Civil Veterinary Dept. Bombay admin report 1893-99 - 1893-1899
Year: 1893
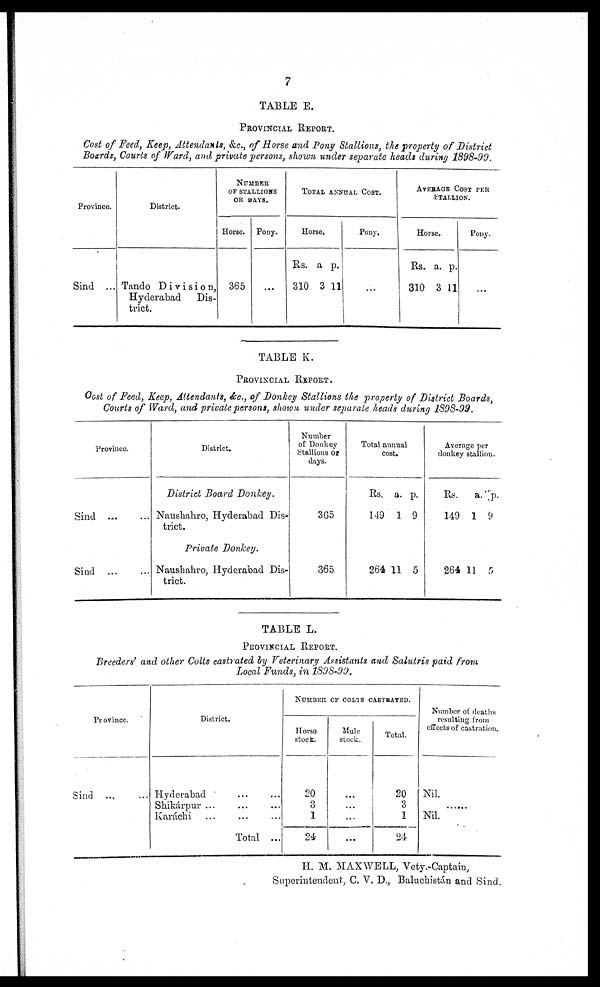
7
TABLE E.
PROVINCIAL REPORT.
Cost of Feed, Keep, Attendants, &c., of Horse and Pony Stallions, the property of District
Boards, Courts of Ward, and private persons, shown under separate heads during 1898-99.
Province.
Sind ...
District.
Tando Division,
Hyderabad
Dis-
trict.
NUMBER
OF STALLIONS
OR DAYS.
Horse.
365
Pony.
...
TOTAL ANNUAL COST.
Horse.
Rs.
310
a
3
p.
11
Pony.
...
AVERAGE COST PER
STALLION.
Horse.
Rs.
310
a.
3
p.
11
Pony.
...
TABLE K.
PROVINCIAL REPORT.
Cost of Feed, Keep, Attendants, &c., of Donkey Stallions the property of District Boards,
Courts of Ward, and private persons, shown under separate heads during 1898-99.
Province.
Sind ... ...
Sind ... ...
District.
District Board Donkey.
Naushahro, Hyderabad Dis-
trict.
Private Donkey.
Naushahro, Hyderabad Dis-
trict.
Number
of Donkey
Stallions or
days.
365
365
Total annual
cost.
Rs.
149
a.
1
p.
9
264 11 5
Average per
donkey stallion.
Rs.
149
a.
1
p.
9
264 11 5
TABLE L.
PROVINCIAL REPORT.
Breeders' and other Colts castrated by Veterinary Assistants and Salutris paid from
Local Funds, in 1898-99.
Province.
Sind ... ...
District.
Hyderabad ... ...
Skikárpur ... ... ...
Karáchi ... ... ...
Total ...
NUMBER OF COLTS CASTEATED.
Horse
stock.
20
3
1
24
Mule
stock.
...
...
...
...
Total.
20
3
1
24
Number of deaths
resulting from
effects of castration.
Nil.
......
Nil.
H. M. MAXWELL, Vety.-Captain,
Superintendent, C. V. D., Baluchistán and Sind.